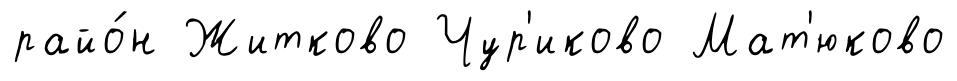
райо́н Житково Чур'иково Мат'юково